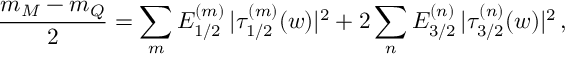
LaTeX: { \frac { m _ { M } - m _ { Q } } { 2 } } = \sum _ { m } E _ { 1 / 2 } ^ { ( m ) } \, | \tau _ { 1 / 2 } ^ { ( m ) } ( w ) | ^ { 2 } + 2 \sum _ { n } E _ { 3 / 2 } ^ { ( n ) } \, | \tau _ { 3 / 2 } ^ { ( n ) } ( w ) | ^ { 2 } \, ,